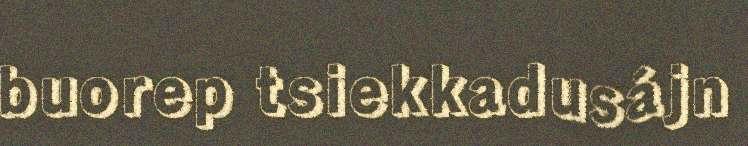
buorep tsiekkadusájn